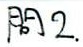
图2.